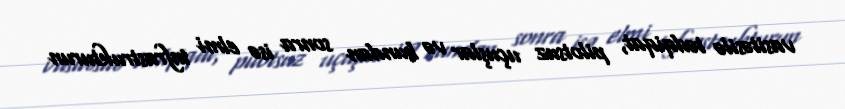
vasitəsilə tədqiqat, pilotsuz uçuşlar və bundan sonra isə elmi infrastrukturun